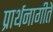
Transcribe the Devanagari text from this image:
प्रार्थनागीते